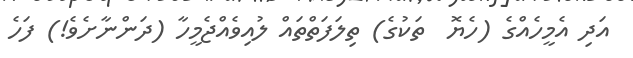
އަދި އެމީހެއްގެ (ހެޔޮ  ތަކުގެ) ތިލަފަތްތައް ލުއިވެއްޖެމީހާ (ދަންނާށެވެ!) ފަހެ